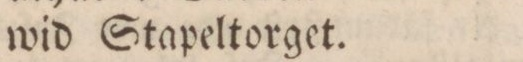
wid Stapeltorget.